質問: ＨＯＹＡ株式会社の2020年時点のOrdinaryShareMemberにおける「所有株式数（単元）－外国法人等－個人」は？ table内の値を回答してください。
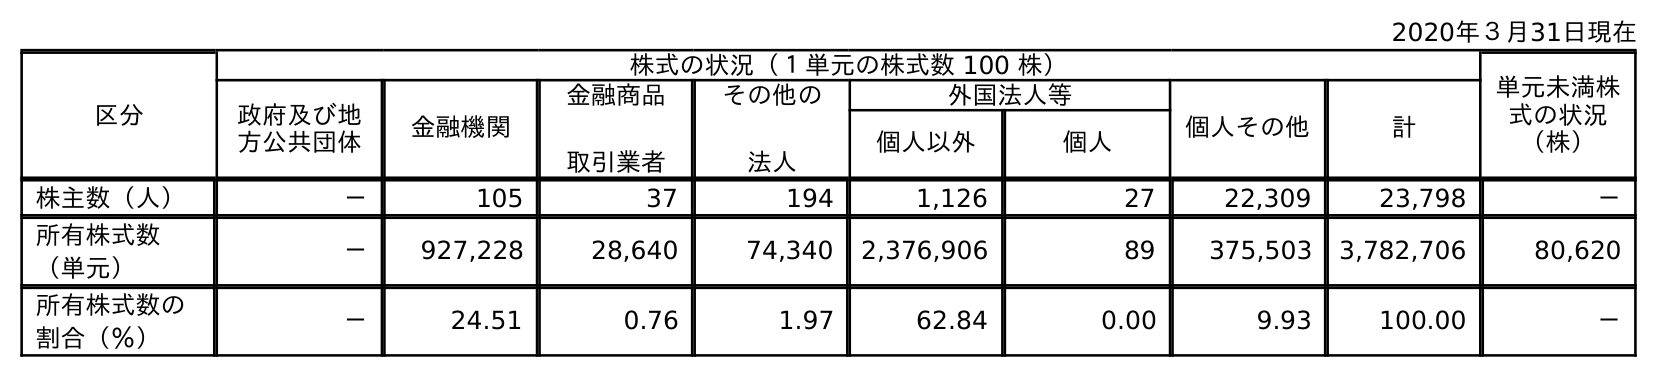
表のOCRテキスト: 2020年３月31日現在 区分 株式の状況（１単元の株式数 100 株） 単元未満株 式の状況 （株） 政府及び地 方公共団体 金融機関 金融商品 取引業者 その他の 法人 外国法人等 個人その他 計 個人以外 個人 株主数（人） － 105 37 194 1,126 27 22,309 23,798 － 所有株式数 （単元） － 927,228 28,640 74,340 2,376,906 89 375,503 3,782,706 80,620 所有株式数の 割合（％） － 24.51 0.76 1.97 62.84 0.00 9.93 100.00 －
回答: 89